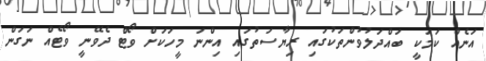
އަނެއް ކަމަކީ ބައްދަލުވުންތަކުގައި ރިޔާސަތުގައި އިންނަ މީހަކަށް ވޯޓް ދެވޭނީ ވޯޓެއް ނަގަން